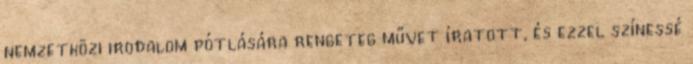
nemzetközi irodalom pótlására rengeteg művet íratott, és ezzel színessé